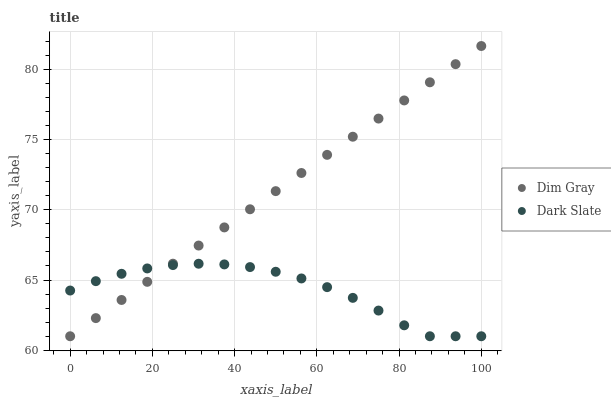
| xaxis_label | Dim Gray | Dark Slate |
 | --- | --- | --- |
 | 0 | 61 | 64.3 |
 | 6.25 | 62.3 | 64.9 |
 | 12.5 | 63.6 | 65.4 |
 | 18.8 | 64.9 | 65.8 |
 | 25 | 66.2 | 66.1 |
 | 31.2 | 67.5 | 66.2 |
 | 37.5 | 68.7 | 66.1 |
 | 43.8 | 70 | 65.9 |
 | 50 | 71.3 | 65.6 |
 | 56.2 | 72.6 | 65.1 |
 | 62.5 | 73.9 | 64.5 |
 | 68.8 | 75.2 | 63.7 |
 | 75 | 76.5 | 62.8 |
 | 81.2 | 77.8 | 61.8 |
 | 87.5 | 79.1 | 61 |
 | 93.8 | 80.4 | 61 |
 | 100 | 81.7 | 61 |